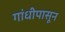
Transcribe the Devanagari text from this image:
गांधीपासून